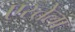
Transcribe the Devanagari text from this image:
एस्तेला